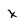
Character: x